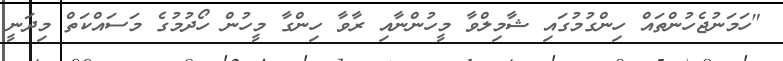
"ހަމަނުޖެހުންތައް ހިންގުމުގައި ޝާމިލްވާ މީހުންނާއި ރާވާ ހިންގާ މީހުން ހޯދުމުގެ މަސައްކަތް މިދަނީ